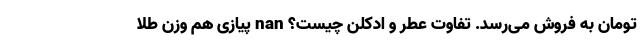
تومان به فروش می‌رسد. تفاوت عطر و ادکلن چیست؟ nan پیازی هم وزن طلا